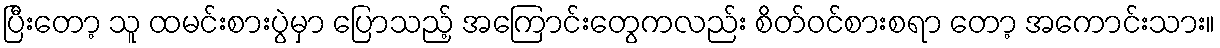
ပြီးတော့ သူ ထမင်းစားပွဲမှာ ပြောသည့် အကြောင်းတွေကလည်း စိတ်ဝင်စားစရာ တော့ အကောင်းသား။